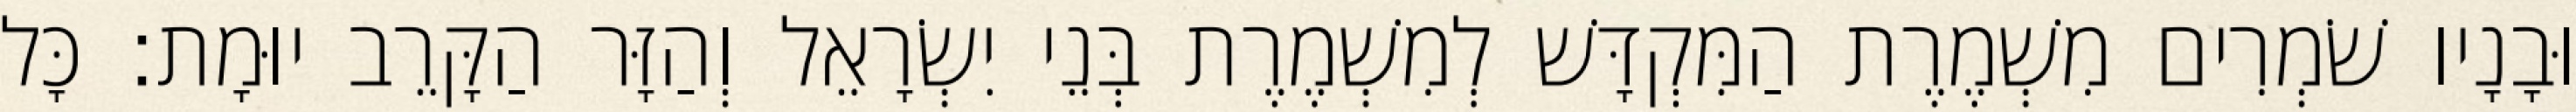
וּבָנָיו שֹׁמְרִים מִשְׁמֶרֶת הַמִּקְדָּשׁ לְמִשְׁמֶרֶת בְּנֵי יִשְׂרָאֵל וְהַזָּר הַקָּרֵב יוּמָת׃ כָּל